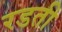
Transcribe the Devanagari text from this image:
रडती